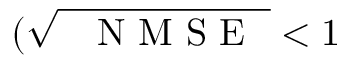
( \sqrt { \mathrm { ~ \textit ~ { ~ N ~ M ~ S ~ E ~ } ~ } } < 1 \